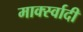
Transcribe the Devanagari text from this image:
मार्क्स्वादी